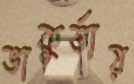
ভাকুর্তায়